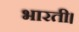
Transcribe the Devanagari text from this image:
भारती।